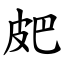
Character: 㿬